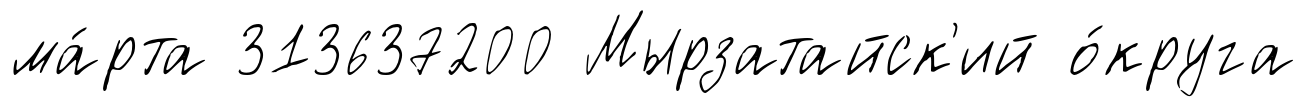
ма́рта 313637200 Мырзатайск'ий о́круга